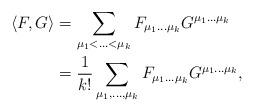
LaTeX: \begin{align*}\langle F,G\rangle &=\sum_{\mu_1<\ldots<\mu_k}F_{\mu_1\ldots\mu_k}G^{\mu_1\ldots\mu_k}\\&=\frac{1}{k!}\sum_{\mu_1,\ldots,\mu_k}F_{\mu_1\ldots\mu_k}G^{\mu_1\ldots\mu_k},\end{align*}